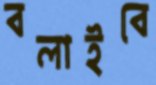
বলাইবে